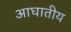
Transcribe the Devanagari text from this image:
आघातीय